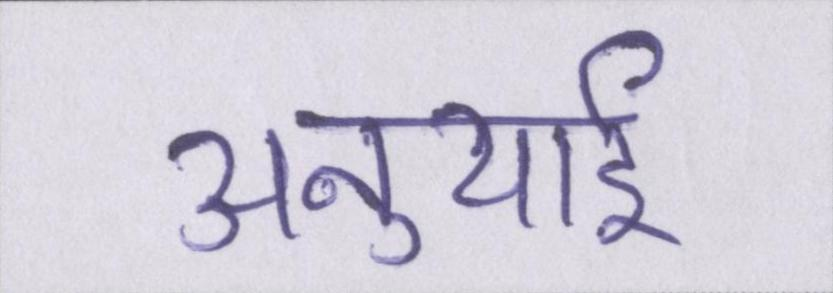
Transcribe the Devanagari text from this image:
अनुयाई